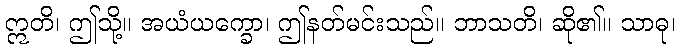
ဣတိ၊ ဤသို့။ အယံယက္ခော၊ ဤနတ်မင်းသည်။ ဘာသတိ၊ ဆို၏။ သာဓု၊